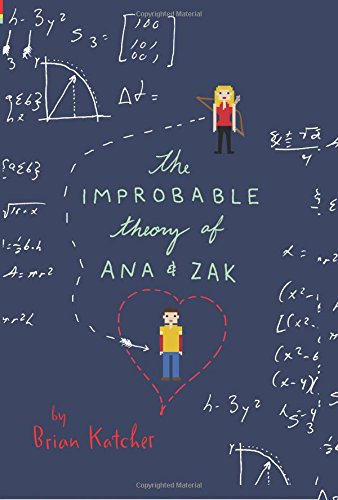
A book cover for The Improbable Theory of Ana and Zak; Brian Katcher; Teen & Young Adult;